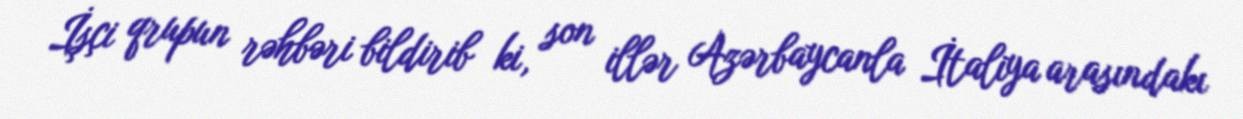
İşçi qrupun rəhbəri bildirib ki, son illər Azərbaycanla İtaliya arasındakı